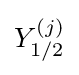
Y_{1/2}^{(j)}